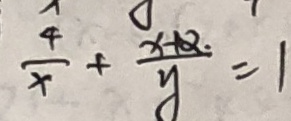
\frac { 4 } { x } + \frac { x + 2 . } { y } = 1